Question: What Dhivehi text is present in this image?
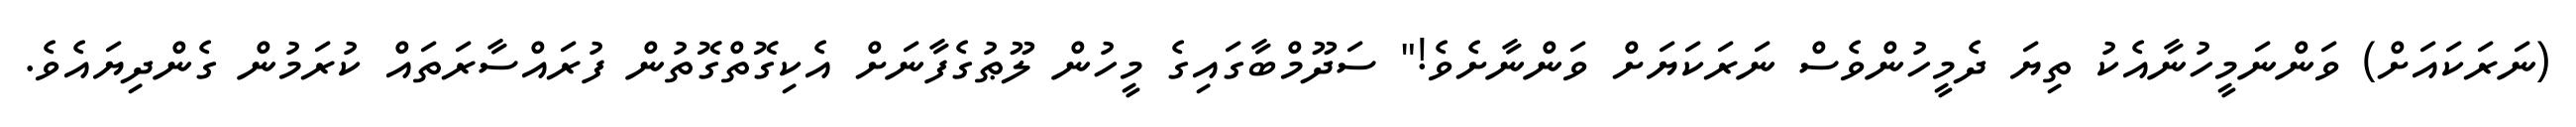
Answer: (ނަރަކައަށް) ވަންނަމީހުނާއެކު ތިޔަ ދެމީހުންވެސް ނަރަކަޔަށް ވަންނާށެވެ!" ސަދޫމްބާގައިގެ މީހުން ލޫޠުގެފާނަށް އެކިގޮތްގޮތުން ފުރައްސާރަތައް ކުރަމުން ގެންދިޔައެވެ.